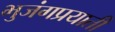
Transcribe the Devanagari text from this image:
भुजंगप्रयाती